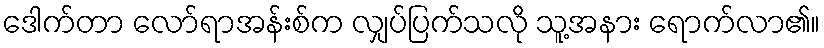
ဒေါက်တာ လော်ရာအန်းစ်က လျှပ်ပြက်သလို သူ့အနား ရောက်လာ၏။